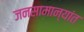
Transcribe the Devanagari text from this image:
जनसामान्यांत